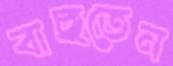
বাছতেন